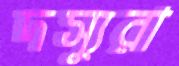
দস্যুরা